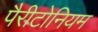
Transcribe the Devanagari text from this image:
पैरीटोनियम